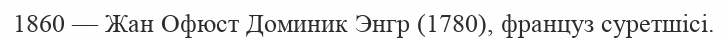
1860 — Жан Офюст Доминик Энгр (1780), француз суретшісі.